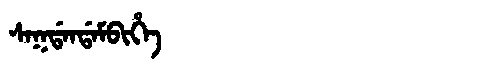
Manchu: ᠰᠠᡴᡩᠠᠨᡩᠠᠮᠪᡳᡥᡝ
Romanization: SAKDANDAMBIHE